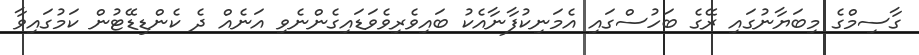
ގާސިމްގެ މިބަޔާނުގައި ރޭގެ ބަހުސްގައި އެމަނިކުފާނާއެކު ބައިވެރިވެވަޑައިގެންނެވި އަނެއް ދެ ކެންޑިޑޭޓުން ކަމުގައިވާ